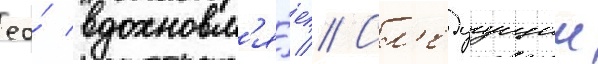
ео́ вдохновл'я́ет // Сл'едуущии